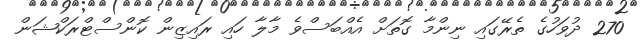
270 ދުވަހުގެ ތެރޭގައި ނިންމާ ގޮތަށް އެއްބަސްވެ މާލާ ހައި ރައިޒިން ކޮންސްޓްރަކްޝަން